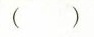
( )